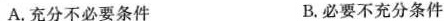
A. 充分不必要条件 B. 必要不充分条件